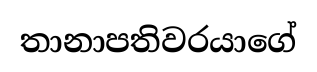
තානාපතිවරයාගේ